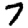
Digit: 7